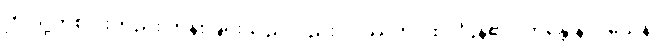
ဤသို့တစ်ပါးတည်း ကိန်းခြင်းသည်လည်း။ ဒိဿတိ၊ ထင်ပြန်၏။ ဘန္တေ နာဂသေန၊